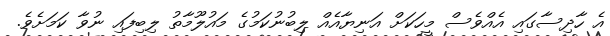
އެ ހާދިސާގައި އެއްވެސް މީހަކަށް އަނިޔާއެއް ލިބުނުކަމުގެ މައުލޫމާތު ލިބިފައި ނުވާ ކަމަށެވެ.